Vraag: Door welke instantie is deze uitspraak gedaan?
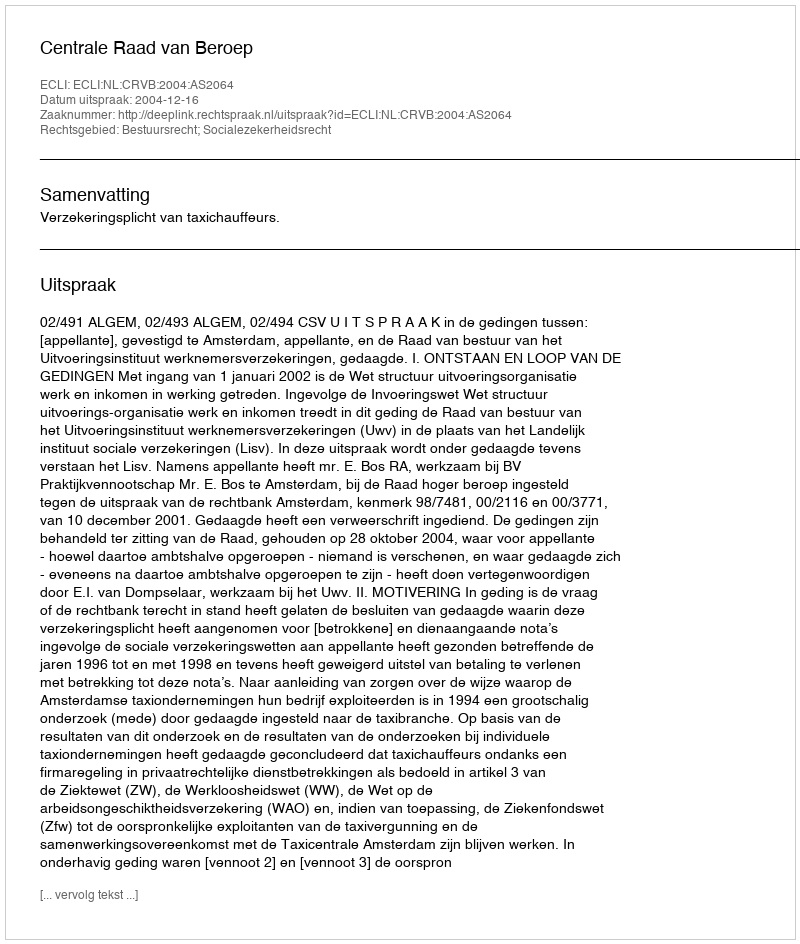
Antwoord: Centrale Raad van Beroep